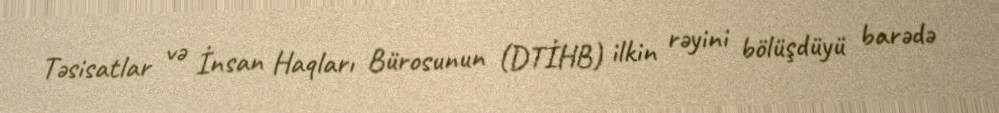
Təsisatlar və İnsan Haqları Bürosunun (DTİHB) ilkin rəyini bölüşdüyü barədə